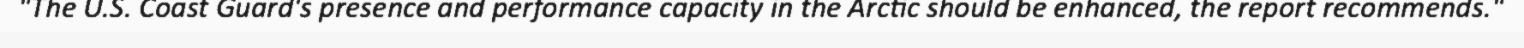
"The U.S. Coast Guard's presence and performance capacity in the Arctic should be enhanced, the report recommends."